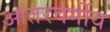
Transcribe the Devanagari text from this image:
आंतरवर्गीय